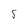
Character: 5